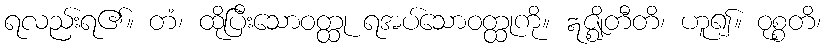
ရလည်းရ၏။ တံ၊ ထိုပြီးသောဝတ္ထု ရအပ်သောဝတ္ထုကို။ ဣဇ္ဈိတီတိ၊ ဟူ၍။ ဝုစ္စတိ၊